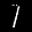
Label: 1